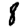
Digit: 8